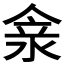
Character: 𠊺